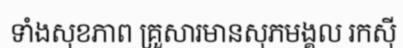
ទាំងសុខភាព គ្រួសារមានសុភមង្គល រកស៊ី